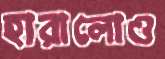
হারালোও